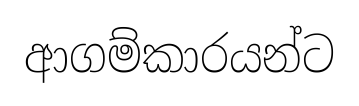
ආගම්කාරයන්ට